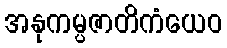
အနုကမ္ပဇာတိကံယေဝ